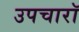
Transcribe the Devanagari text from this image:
उपचारॉ